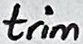
Text: trim